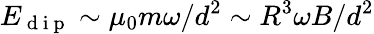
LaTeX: E_{\mathrm{~d~i~p~}}\sim\mu_{0}m\omega/d^{2}\sim R^{3}\omega B/d^{2}